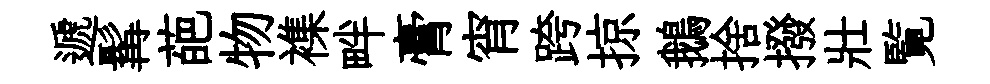
遞髯葩物襍畔膏宵跨掠鵝捨撥壯覧